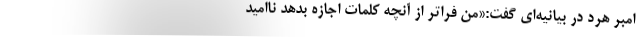
امبر هرد در بیانیه‌ای گفت:«من فراتر از آنچه کلمات اجازه بدهد ناامید